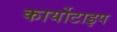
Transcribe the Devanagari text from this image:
कार्योटाइप